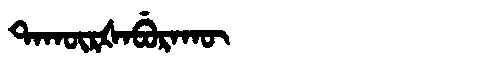
Manchu: ᡨᠠᡴᡡᡵᡧᠠᠪᡠᡵᠠᡴᡡ
Romanization: TAKŪRŠABURAKŪ